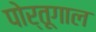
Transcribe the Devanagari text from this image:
पोर्तूगाल